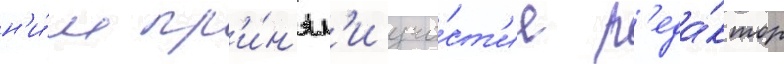
н'и́м пр'и́н'ял'и уча́ст'ие р'еда́ктор